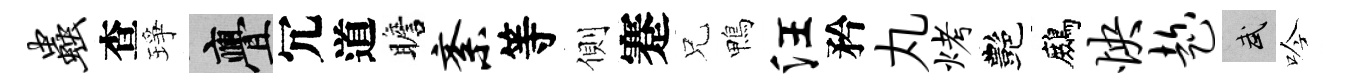
虫查琤亹冗道瞻紊等側蹇兄鴨汪矜丸烤艷鷓怏趁武吟